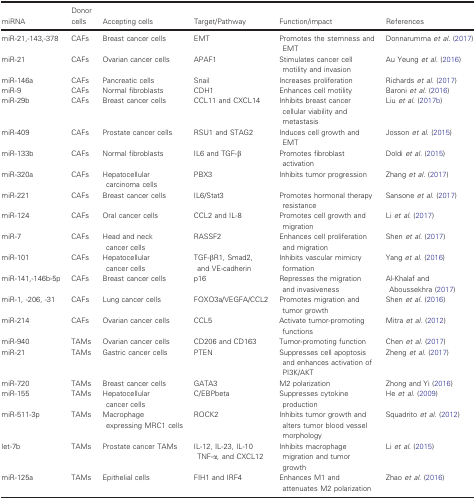
<table><thead><tr><td><b>miRNA</b></td><td><b>Donor cells</b></td><td><b>Accepting cells</b></td><td><b>Target/Pathway</b></td><td><b>Function/impact</b></td><td><b>References</b></td></tr></thead><tbody><tr><td>miR‐21,‐143,‐378</td><td>CAFs</td><td>Breast cancer cells</td><td>EMT</td><td>Promotes the stemness and EMT</td><td>Donnarumma <i>et al</i>. (2017)</td></tr><tr><td>miR‐21</td><td>CAFs</td><td>Ovarian cancer cells</td><td>APAF1</td><td>Stimulates cancer cell motility and invasion</td><td>Au Yeung <i>et al</i>. (2016)</td></tr><tr><td>miR‐146a</td><td>CAFs</td><td>Pancreatic cells</td><td>Snail</td><td>Increases proliferation</td><td>Richards <i>et al</i>. (2017)</td></tr><tr><td>miR‐9</td><td>CAFs</td><td>Normal fibroblasts</td><td>CDH1</td><td>Enhances cell motility</td><td>Baroni <i>et al</i>. (2016)</td></tr><tr><td>miR‐29b</td><td>CAFs</td><td>Breast cancer cells</td><td>CCL11 and CXCL14</td><td>Inhibits breast cancer cellular viability and metastasis</td><td>Liu <i>et al</i>. (2017b)</td></tr><tr><td>miR‐409</td><td>CAFs</td><td>Prostate cancer cells</td><td>RSU1 and STAG2</td><td>Induces cell growth and EMT</td><td>Josson <i>et al</i>. (2015)</td></tr><tr><td>miR‐133b</td><td>CAFs</td><td>Normal fibroblasts</td><td>IL6 and TGF‐β</td><td>Promotes fibroblast activation</td><td>Doldi <i>et al</i>. (2015)</td></tr><tr><td>miR‐320a</td><td>CAFs</td><td>Hepatocellular carcinoma cells</td><td>PBX3</td><td>Inhibits tumor progression</td><td>Zhang <i>et al</i>. (2017)</td></tr><tr><td>miR‐221</td><td>CAFs</td><td>Breast cancer cells</td><td>IL6/Stat3</td><td>Promotes hormonal therapy resistance</td><td>Sansone <i>et al</i>. (2017)</td></tr><tr><td>miR‐124</td><td>CAFs</td><td>Oral cancer cells</td><td>CCL2 and IL‐8</td><td>Promotes cell growth and migration</td><td>Li <i>et al</i>. (2017)</td></tr><tr><td>miR‐7</td><td>CAFs</td><td>Head and neck cancer cells</td><td>RASSF2</td><td>Enhances cell proliferation and migration</td><td>Shen <i>et al</i>. (2017)</td></tr><tr><td>miR‐101</td><td>CAFs</td><td>Hepatocellular cancer cells</td><td>TGF‐βR1, Smad2, and VE‐cadherin</td><td>Inhibits vascular mimicry formation</td><td>Yang <i>et al</i>. (2016)</td></tr><tr><td>miR‐141,‐146b‐5p</td><td>CAFs</td><td>Breast cancer cells</td><td>p16</td><td>Represses the migration and invasiveness</td><td>Al‐Khalaf and Aboussekhra (2017)</td></tr><tr><td>miR‐1, ‐206, ‐31</td><td>CAFs</td><td>Lung cancer cells</td><td>FOXO3a/VEGFA/CCL2</td><td>Promotes migration and tumor growth</td><td>Shen <i>et al</i>. (2016)</td></tr><tr><td>miR‐214</td><td>CAFs</td><td>Ovarian cancer cells</td><td>CCL5</td><td>Activate tumor‐promoting functions</td><td>Mitra <i>et al</i>. (2012)</td></tr><tr><td>miR‐940</td><td>TAMs</td><td>Ovarian cancer cells</td><td>CD206 and CD163</td><td>Tumor‐promoting function</td><td>Chen <i>et al</i>. (2017)</td></tr><tr><td>miR‐21</td><td>TAMs</td><td>Gastric cancer cells</td><td>PTEN</td><td>Suppresses cell apoptosis and enhances activation of PI3K/AKT</td><td>Zheng <i>et al</i>. (2017)</td></tr><tr><td>miR‐720</td><td>TAMs</td><td>Breast cancer cells</td><td>GATA3</td><td>M2 polarization</td><td>Zhong and Yi (2016)</td></tr><tr><td>miR‐155</td><td>TAMs</td><td>Hepatocellular cancer cells</td><td>C/EBPbeta</td><td>Suppresses cytokine production</td><td>He <i>et al</i>. (2009)</td></tr><tr><td>miR‐511‐3p</td><td>TAMs</td><td>Macrophage expressing MRC1 cells</td><td>ROCK2</td><td>Inhibits tumor growth and alters tumor blood vessel morphology</td><td>Squadrito <i>et al</i>. (2012)</td></tr><tr><td>let‐7b</td><td>TAMs</td><td>Prostate cancer TAMs</td><td>IL‐12, IL‐23, IL‐10 TNF‐α, and CXCL12</td><td>Inhibits macrophage migration and tumor growth</td><td>Li <i>et al</i>. (2015)</td></tr><tr><td>miR‐125a</td><td>TAMs</td><td>Epithelial cells</td><td>FIH1 and IRF4</td><td>Enhances M1 and attenuates M2 polarization</td><td>Zhao <i>et al</i>. (2016)</td></tr></tbody></table>